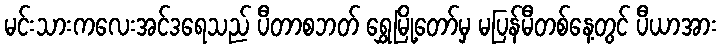
မင်းသားကလေးအင်ဒရေသည် ပီတာစဘတ် ရွှေမြို့တော်မှ မပြန်မီတစ်နေ့တွင် ပီယာအား